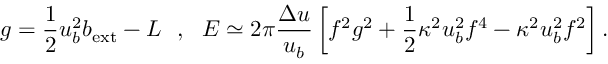
g = \frac { 1 } { 2 } u _ { b } ^ { 2 } b _ { \mathrm { e x t } } - L \ \ , \ \ { \cal E } \simeq 2 \pi \frac { \Delta u } { u _ { b } } \left[ f ^ { 2 } g ^ { 2 } + \frac { 1 } { 2 } \kappa ^ { 2 } u _ { b } ^ { 2 } f ^ { 4 } - \kappa ^ { 2 } u _ { b } ^ { 2 } f ^ { 2 } \right] .